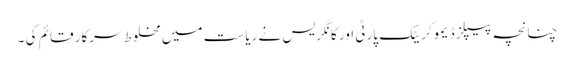
چنانچہ پیپلز ڈیموکریٹک پارٹی اور کانگریس نے ریاست میں مخلوط سرکار قائم کی ۔